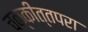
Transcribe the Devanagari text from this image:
चक्कीत्तपरा